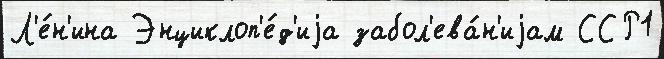
Л'е́н'ина Энциклоп'е́д'иjа забол'ева́н'иjам ССР1